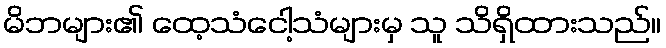
မိဘများ၏ ထေ့သံငေါ့သံများမှ သူ သိရှိထားသည်။